Vaccine operations Central Provinces 1900-1911 - 1900-1911
Year: 1900
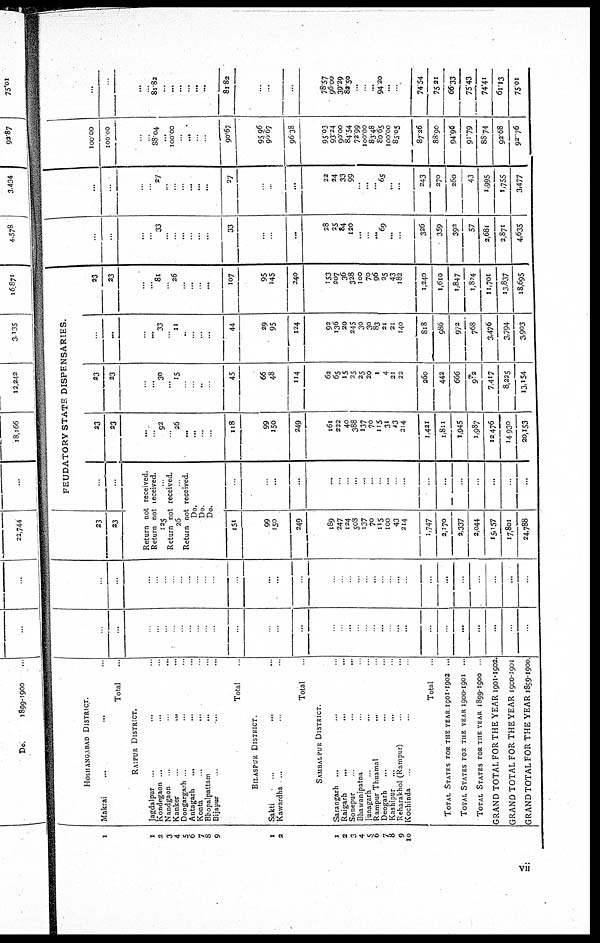
1
1
2
3
4
5
6
7
8
9
1
2
1
2
3
4
5
6
7
8
9
10
HOSHANGABAD DISTRICT.
Makrai ... ... ...
Total ...
RAIPUR DISTRICT.
Jagdalpur ... ... ...
Kondegaon ... ... ...
Nandgaon ...
...
...
Kanker ... ... ...
Dongargarh ... ... ...
Antagarh
... ... ...
Konta
...
... ...
Bhopalpattam ... ... ...
Bijapur ... ... ...
Total
BILASPUR DISTRICT
Sakti ... ... ...
Kawardha ... ... ...
Total
SAMBALPUR DISTRICT.
Sarangarh ...
... ...
Raigarh
...
... ...
Sonepur
...
...
...
Bhawanipatna ... ... ...
Junagarh ... ... ...
Rampur Thuamal ... ... ...
Deogarh ... ... ...
Kashipur ... ... ...
Reharakhol (Rampur) ...
Kochinda ...
Total ...
TOTAL STATES FOR THE YEAR 1901-1902 ...
TOTAL STATES FOR THE YEAR 1900-1901 ...
TOTAL STATES FOR THE YEAR 1899-1900
GRAND TOTAL FOR THE YEAR 1901-1902.
GRAND TOTAL FOR THE YEAR 1900-1901
GRAND TOTAL FOR THE YEAR 1899-1900
...
...
...
...
...
...
...
...
...
...
...
...
...
...
...
...
...
...
...
...
...
...
...
...
...
...
...
...
...
...
...
...
...
...
...
...
...
...
...
...
...
...
...
...
...
...
...
...
...
...
...
...
...
...
...
...
...
...
...
..
...
...
...
...
23
23
FEUDATORY STATE DISPENSARIES.
...
...
Return not received.
Return not received.
125
...
Return not received.
26
...
Return not received.
Do.
Do.
Do.
151
99
150
249
189
247
124
508
137
70
115
100
43
214
1,747
2,170
2,337
2,044
15,157
17,801
24,788
...
...
...
...
...
...
...
...
...
...
...
...
...
...
...
...
...
...
...
...
23
23
...
..
92
...
26
...
...
...
...
118
99
150
249
161
222
40
388
137
70
115
31
43
214
1,421
1,811
1,945
1,987
12,476
14,930
20,153
23
23
...
...
30
...
15
...
...
...
...
45
66
48
114
62
65
15
25
25
20
1
4
21
22
260
442
666
912
7,417
8,225
13,154
...
...
...
...
33
...
11
..
...
...
...
44
29
95
124
92
136
20
245
30
30
83
21
21
140
818
986
972
768
3,476
3,794
3,903
23
23
...
...
81
...
26
...
...
...
...
107
95
145
240
153
207
36
328
100
70
96
25
43
182
1,240
1,610
1,847
1,824
11,701
13,837
18,695
...
...
...
...
33
...
...
...
...
...
...
33
...
...
...
28
25
34
120
...
...
...
69
...
...
326
359
392
57
2,681
2,871
4,635
...
...
..
...
27
...
...
..
...
...
...
27
...
...
...
22
24
33
99
...
...
...
65
...
...
243
270
260
43
1,995
1,755
3,477
100.00
100.00
...
...
88.04
...
100.00
...
...
...
...
90.67
95.96
96.67
96.38
95.03
93.24
90.00
84.54
72.99
100.00
83.48
80.65
100.00
85.05
87.26
88.90
94.96
91.79
88,74
92,68
92.76
...
...
...
...
81.82
...
...
...
...
...
...
81.82
...
...
...
78.57
96.00
39.29
82.50
...
...
...
94.20
...
...
74.54
75.21
66.33
75.43
74,41
61.13
75.01
vii